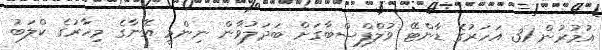
އުމުރުން 31 އަހަރުގެ ޑާންޓޭ ވުލްފްސްބާގަށް ބަދަލުވާން ނިންމީ އޭނާގެ މިހާރުގެ ކްލަބު